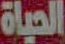
الحياة